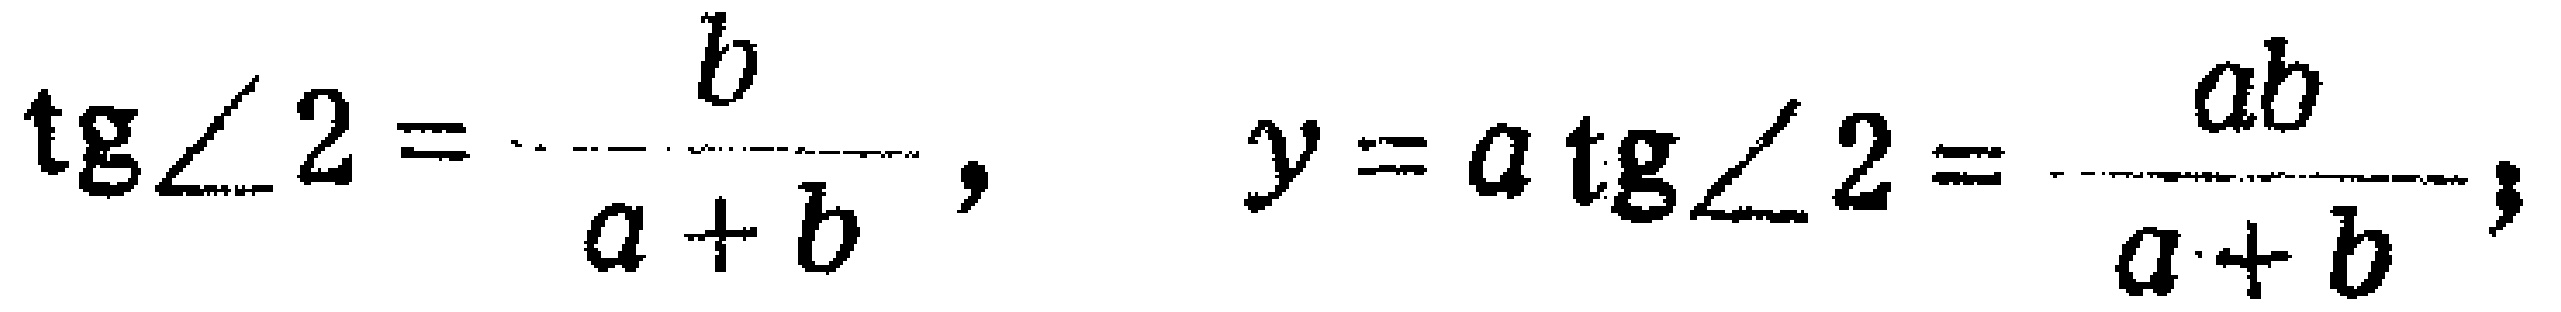
\(\operatorname{tg}\angle 2 = \frac{b}{a + b},\quad y = a\operatorname{tg}\angle 2=\frac{ab}{a + b},\)